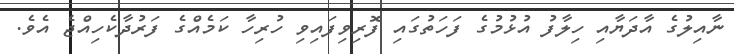
ނާއިލުގެ އާދަޔާއި ހިލާފު އުޅުމުގެ ފަހަތުގައި ފޮރިވިފައިވި ހުރިހާ ކަމެއްގެ ފަރުދާކެހިއްޖެ އެވެ.